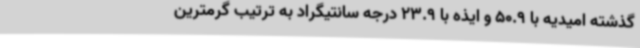
گذشته امیدیه با 50.9 و ایذه با 23.9 درجه سانتیگراد به ترتیب گرمترین